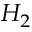
H _ { 2 }